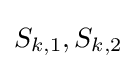
S_{k,1},S_{k,2}